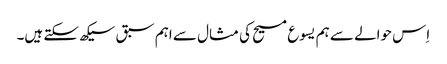
‏ اِس حوالے سے ہم یسوع مسیح کی مثال سے اہم سبق سیکھ سکتے ہیں۔